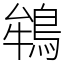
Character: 鴾